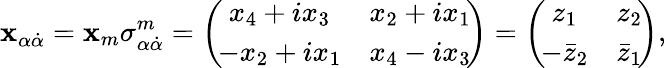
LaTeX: \mathbf{x}_{\alpha\dot{{\alpha}}}=\mathbf{x}_{m}\sigma_{\alpha\dot{{\alpha}}}^{m}=\left(\! \begin{array}{cc}{{x_{4}+ix_{3}}}&{{x_{2}+ix_{1}}}\\ {{-x_{2}+ix_{1}}}&{{x_{4}-ix_{3}}}\end{array}\! \right)=\left(\! \begin{array}{cc}{{z_{1}}}&{{z_{2}}}\\ {{-\bar{z}_{2}}}&{{\bar{z}_{1}}}\end{array}\! \right),